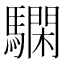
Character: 𩦃